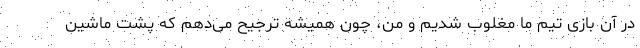
در آن بازی تیم ما مغلوب شدیم و من، چون همیشه ترجیح می‌دهم که پشت ماشین